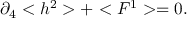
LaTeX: \partial _ { 4 } < h ^ { 2 } > + < F ^ { 1 } > = 0 .